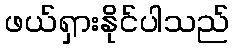
ဖယ်ရှားနိုင်ပါသည်